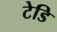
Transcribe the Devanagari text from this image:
टेडि